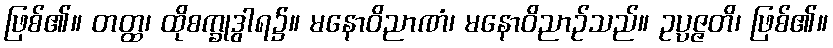
ဖြစ်၏။ တတ္ထ၊ ထိုစက္ခုဒွါရ၌။ မနောဝိညာဏံ၊ မနောဝိညာဉ်သည်။ ဥပ္ပဇ္ဇတိ၊ ဖြစ်၏။